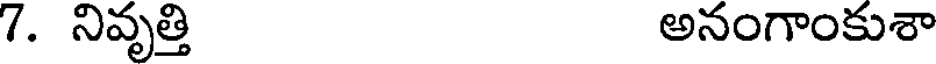
7. నివృత్తి అనంగాంకుశా